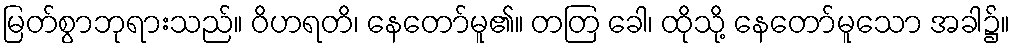
မြတ်စွာဘုရားသည်။ ဝိဟရတိ၊ နေတော်မူ၏။ တတြ ခေါ၊ ထိုသို့ နေတော်မူသော အခါ၌။